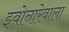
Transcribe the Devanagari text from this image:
झ्वोनारेवाला